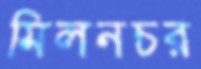
মিলনচর